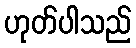
ဟုတ်ပါသည်